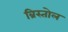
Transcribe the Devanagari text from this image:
ब्रिस्तोल